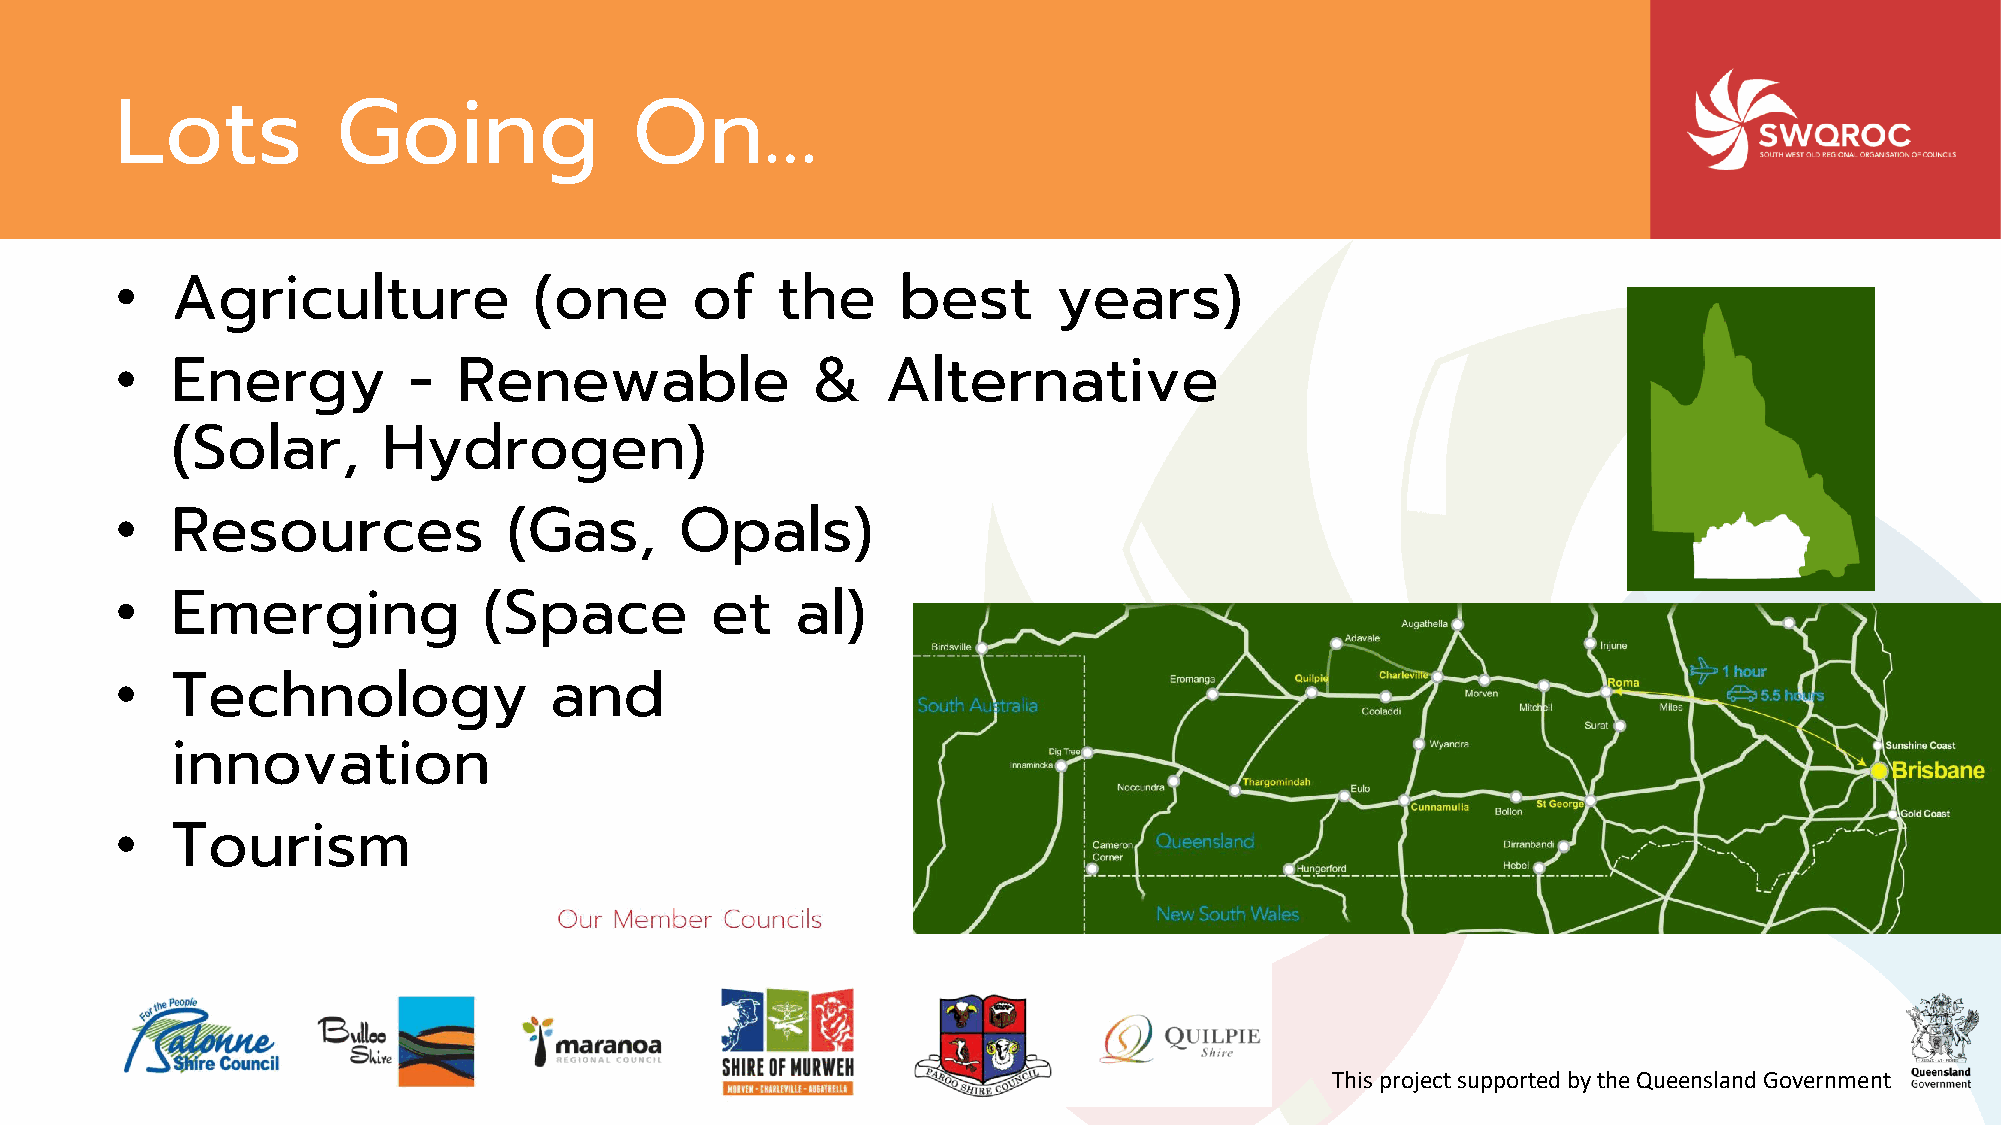
Lots          Going               On…
 •  Agriculture             (one       of   the      best      years)
 •  Energy          -  Renewable               &    Alternative
 (Solar,       Hydrogen)
 •  Resources              (Gas,      Opals)
 •  Emerging             (Space         et    al)
 •  Technology               and
 innovation
 •  Tourism
 This project supported by the Queensland Government